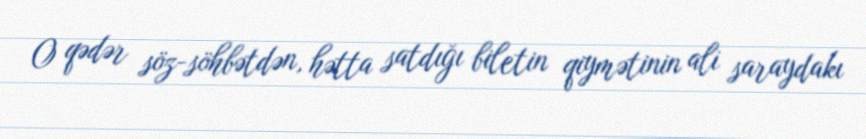
O qədər söz-söhbətdən, hətta satdığı biletin qiymətinin ali saraydakı